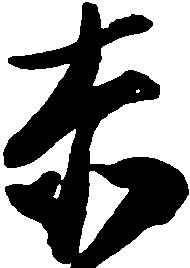
赤